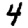
Digit: 4